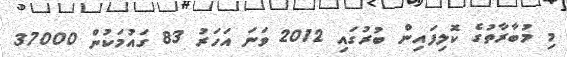
މި މުބާރާތުގެ ކޮލިފައިން ބުރުގައި 2012 ވަނަ އަހަރު 83 ގައުމަކުން 37000